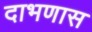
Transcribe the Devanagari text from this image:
दाभणास